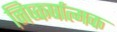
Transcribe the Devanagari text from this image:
निष्कर्षात्मक